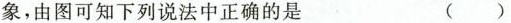
象，由图可知下列说法中正确的是 ( )